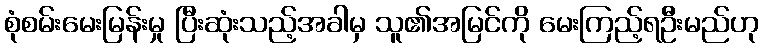
စုံစမ်းမေးမြန်းမှု ပြီးဆုံးသည့်အခါမှ သူ၏အမြင်ကို မေးကြည့်ရဦးမည်ဟု